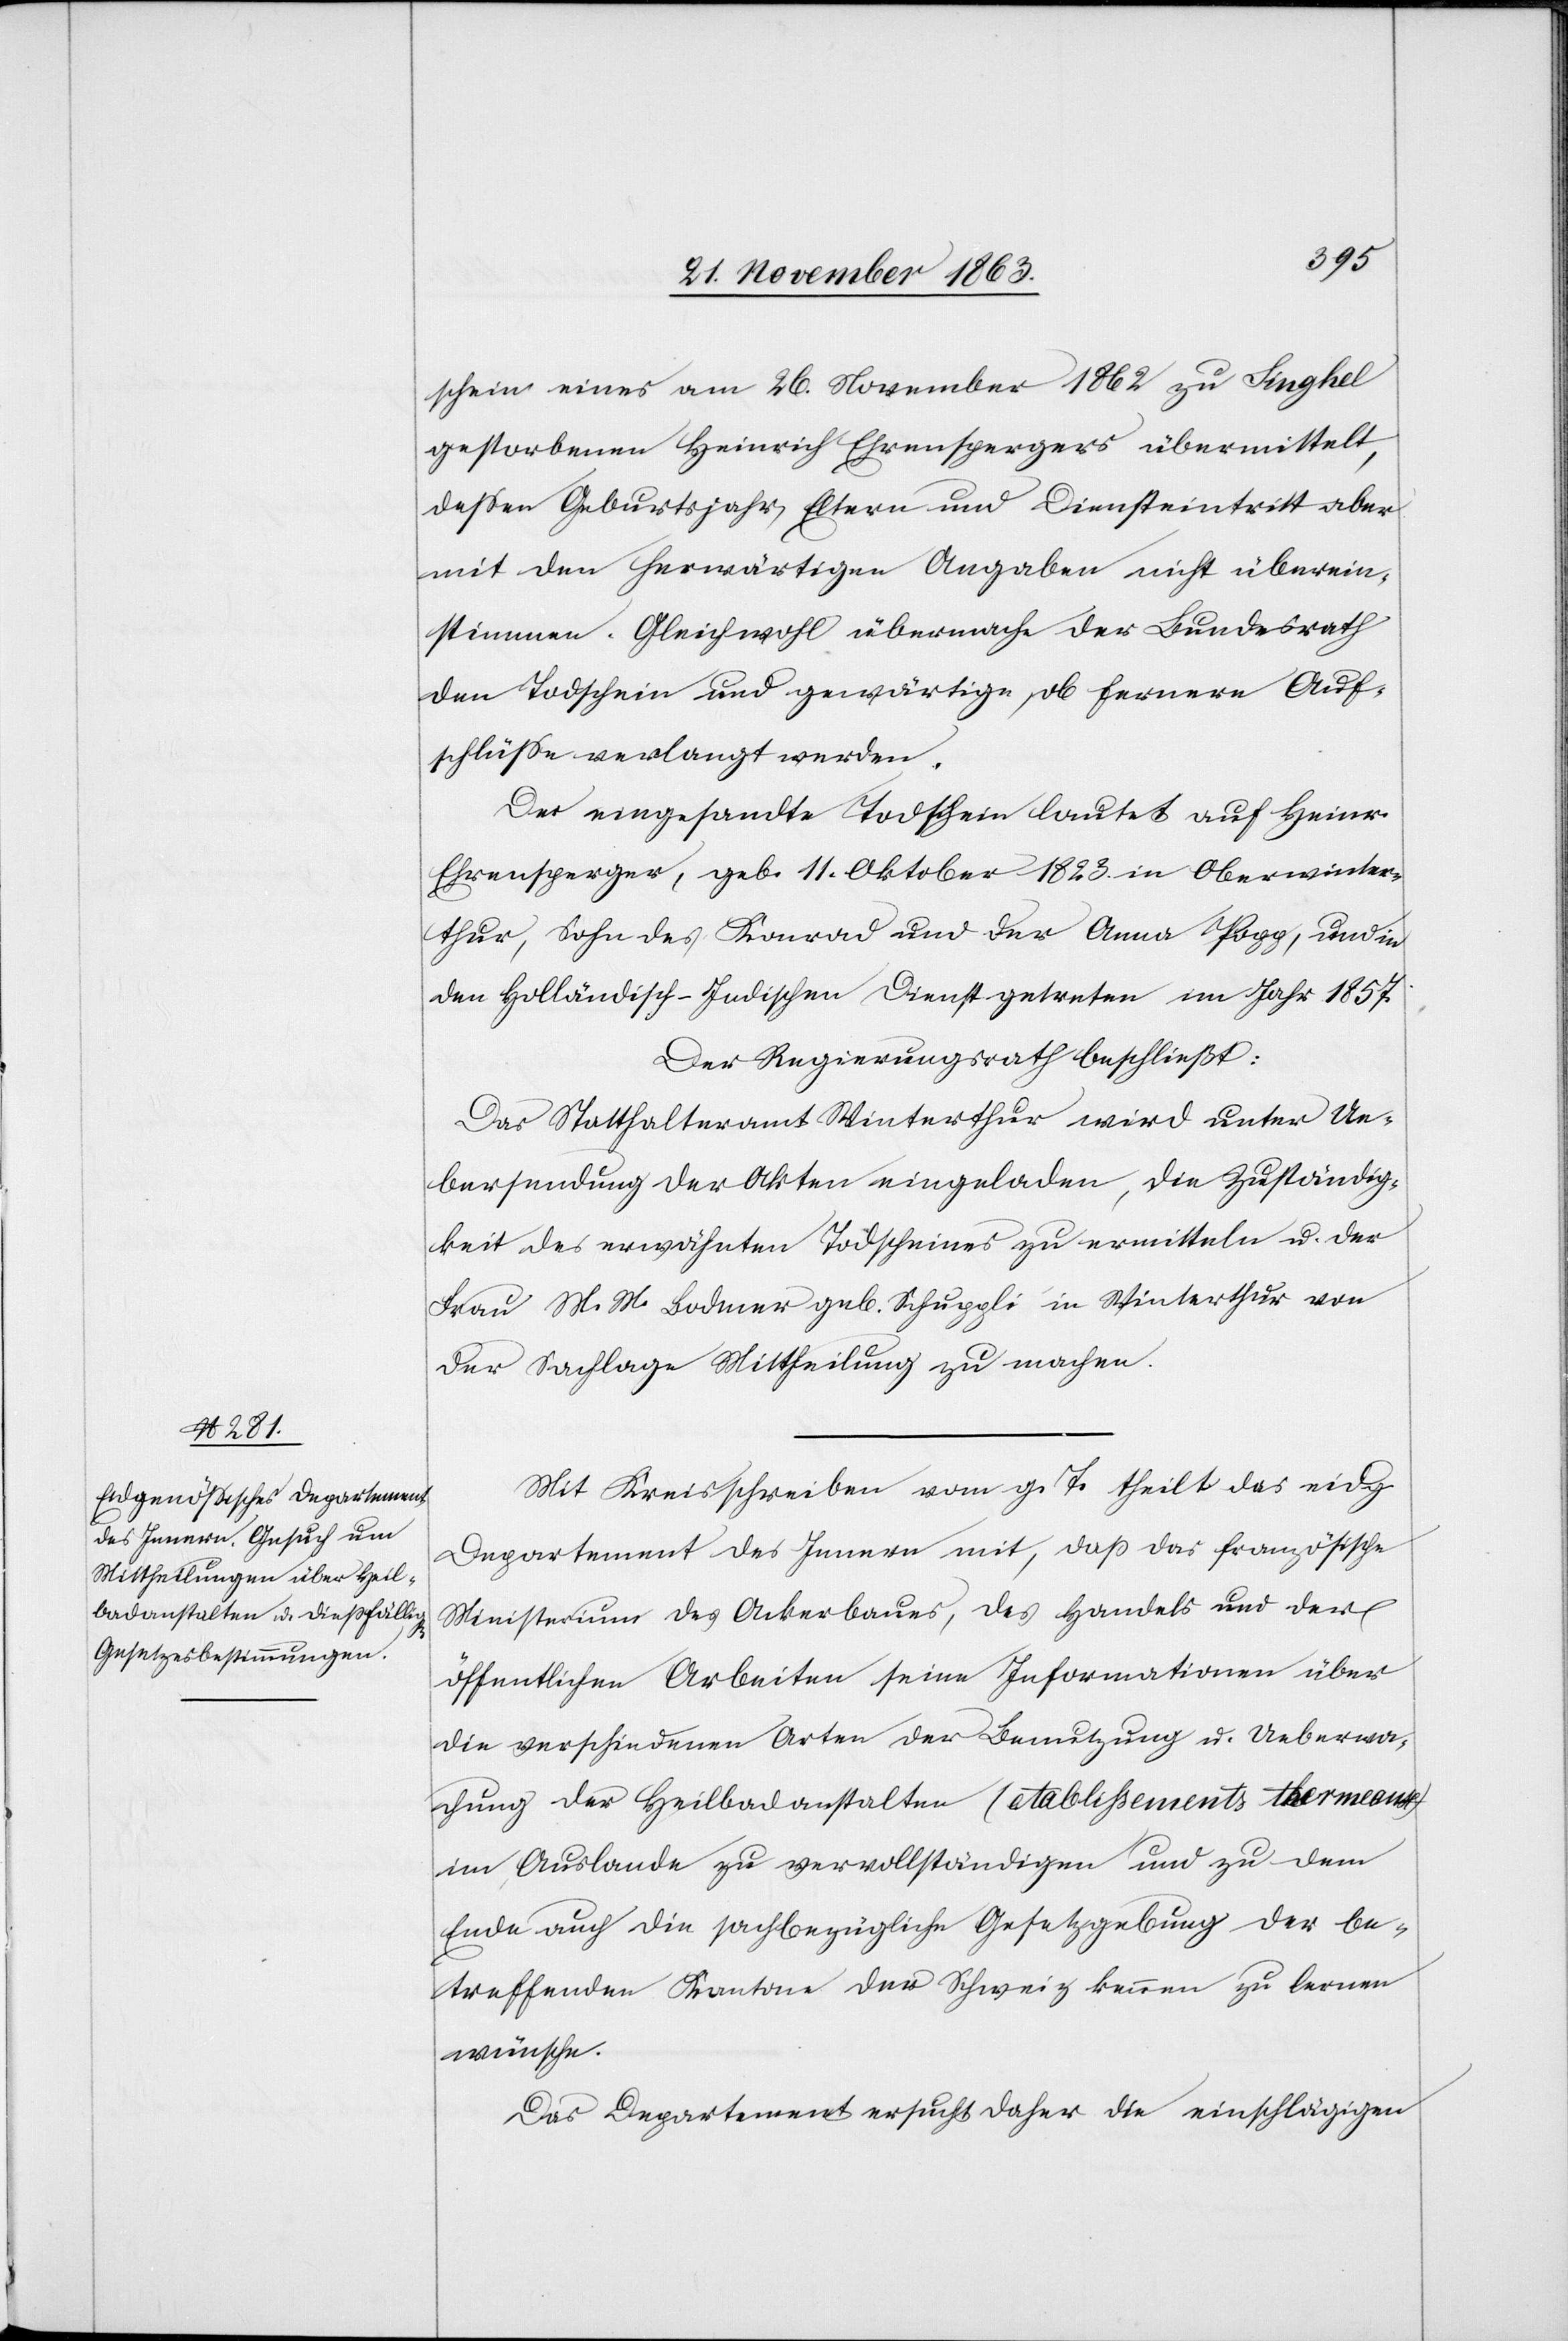
schein eines am 26. November 1862 zu Singhel
gestorbenen Heinrich Ehrenspergers übermittelt,
dessen Geburtsjahr, Eltern und Diensteintritt aber
mit den herwärtigen Angaben nicht überein¬
stimmen. Gleichwohl übermache der Bundesrath
den Todschein und gewärtige, ob fernere Auf¬
schlüsse verlangt werden.
Der eingesandte Todschein lautet auf Heinr.
Ehrensperger, geb. 11. Oktober 1823 in Oberwinter¬
thur, Sohn des Konrad und der Anna Popp, und in
den Holländisch-Indischen Dienst getreten im Jahr 1857.
Der Regierungsrath beschließt:
Das Statthalteramt Winterthur wird unter Ue¬
bersendung der Akten eingeladen, die Zuständig¬
keit des erwähnten Todscheines zu ermitteln u. der
Frau M. M. Bodmer geb. Schuppli in Winterthur von
der Sachlage Mittheilung zu machen.
Mit Kreisschreiben vom g. T. theilt das eidg.
Departement des Innern mit, dass das französische
Ministerium des Ackerbaues, des Handels und der
öffentlichen Arbeiten seine Informationen über
die verschiedenen Arten der Benutzung u. Ueberwa¬
chung der Heilbadanstalten (etablissements thermeaux)
im Auslande zu vervollständigen und zu dem
Ende auch die sachbezügliche Gesetzgebung der be¬
treffenden Kantone der Schweiz kennen zu lernen
wünsche.
Das Departement ersucht daher die einschlägigen